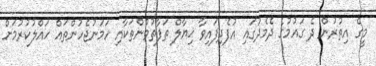
މީގެ އިތުުރުން ދެ ގައުމުގެ ދެމެދުގައި އުފެދިފައިވާ ޚިޔާލް ތަފާތުވުންތަކާއި ހަމަނުޖެހުންތައް ހައްލުކުރުމަށް